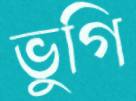
ভুগি